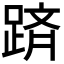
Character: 𨂋